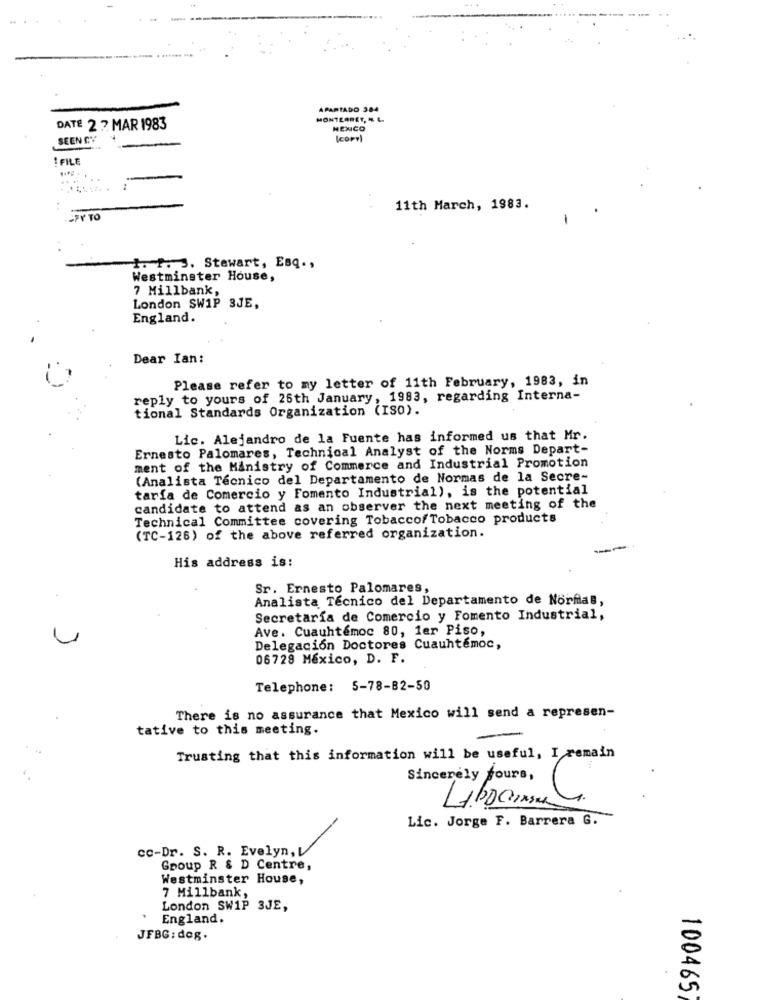
APARTADO 384
MONTEARET, EL.
DATE 2 7 MAR 1983
HENCO
SEEN CY
(COPY)
I FILE
11th March, 1983.
SPY TO
-
+. f. J. Stewart, Esq .,
Westminster House,
7 Millbank,
London SW1P 3JE,
England.
Dear Ian:
Please refer to my letter of 11th February, 1983, in
reply to yours of 25th January, 1983, regarding Interna-
tional Standards Organization (ISO).
Lic. Alejandro de la Fuente has informed us that Mr.
Ernesto Palomares, Technical Analyst of the Norms Depart-
ment of the Ministry of Commerce and Industrial Promotion
(Analista Técnico del Departamento de Normas de la Secre-
taría de Comercio y Fomento Industrial), is the potential
candidate to attend as an observer the next meeting of the
Technical Committee covering Tobaccof Tobacco products
(TC-126) of the above referred organization.
His address is:
Sr. Ernesto Palomares,
Analista Técnico del Departamento de Norfial,
Secretaría de Comercio y Fomento Industrial,
Ave. Cuauhtémoc 80, 1er Piso,
Delegación Doctores Cuauhtémoc,
06728 Mexico, D. F.
Telephone: 5-78-82-50
There is no assurance that Mexico will send a represen-
tative to this meeting.
Trusting that this information will be useful, I remain
Sincerely yours,
Libramma
Lic. Jorge F. Barrera G.
cc-Dr. S. R. Evelyn, V
Gpoup R & D Centre,
Westminster House,
7 Millbank,
London SW1P 3JE,
England.
JFBG: deg.
100465